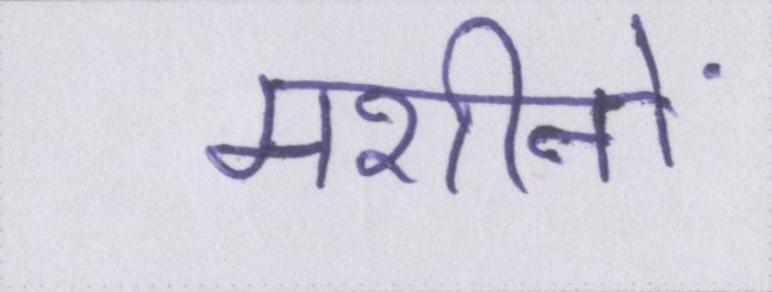
मशीनों